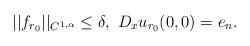
LaTeX: \begin{align*} ||f_{r_0}||_{C^{1,\alpha}} \leq \delta, \ D_x u_{r_0}(0, 0)= e_n.\end{align*}